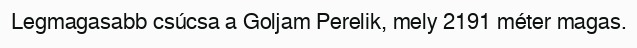
Legmagasabb csúcsa a Goljam Perelik, mely 2191 méter magas.